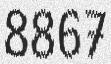
8867